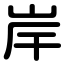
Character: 岸